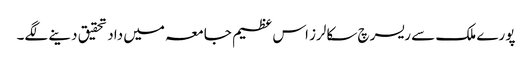
پورے ملک سے ریسرچ سکالرز اس عظیم جامعہ میں داد تحقیق دینے لگے۔